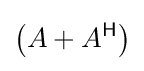
\left(A+A^{\mathsf {H}}\right)